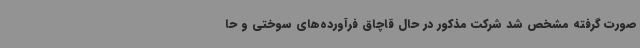
صورت گرفته مشخص شد شرکت مذکور در حال قاچاق فرآورده‌های سوختی و حا